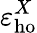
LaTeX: \varepsilon_{\mathrm{ho}}^{X}